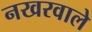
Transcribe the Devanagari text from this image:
नखरवाले